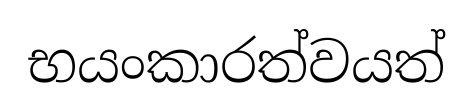
භයංකාරත්වයත්